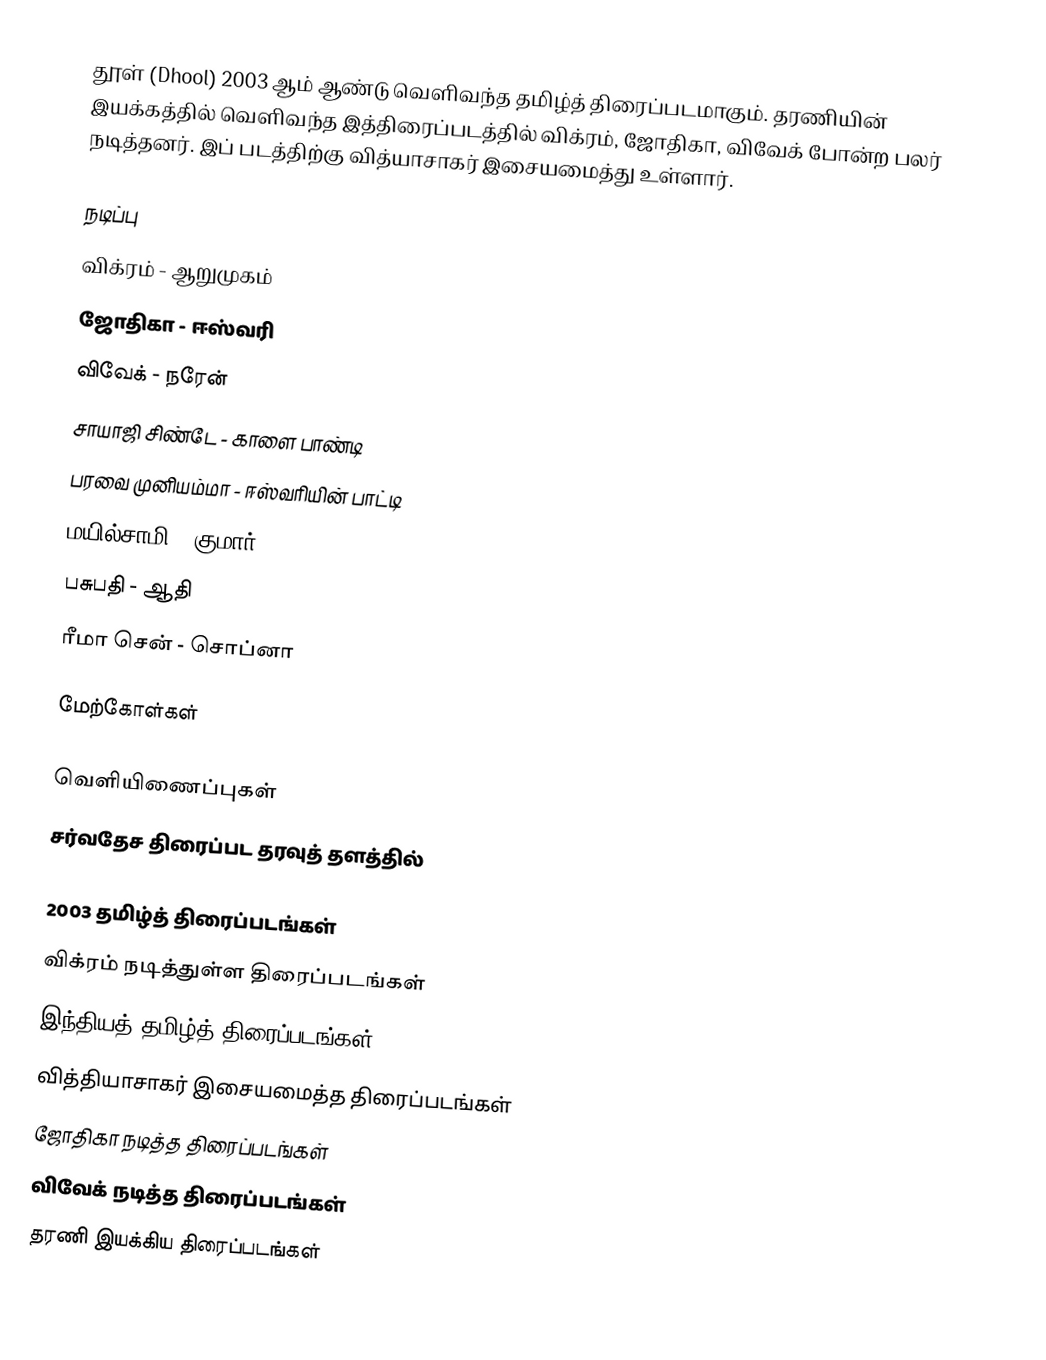
தூள் (Dhool) 2003 ஆம் ஆண்டு வெளிவந்த தமிழ்த் திரைப்படமாகும். தரணியின் இயக்கத்தில் வெளிவந்த இத்திரைப்படத்தில் விக்ரம், ஜோதிகா, விவேக் போன்ற பலர் நடித்தனர். இப் படத்திற்கு வித்யாசாகர் இசையமைத்து உள்ளார்.

நடிப்பு
 விக்ரம் - ஆறுமுகம்
 ஜோதிகா - ஈஸ்வரி
 விவேக் - நரேன்
 சாயாஜி சிண்டே - காளை பாண்டி
 பரவை முனியம்மா - ஈஸ்வரியின் பாட்டி
 மயில்சாமி - குமார்
 பசுபதி - ஆதி
 ரீமா சென் - சொப்னா

மேற்கோள்கள்

வெளியிணைப்புகள்
சர்வதேச திரைப்பட தரவுத் தளத்தில்

2003 தமிழ்த் திரைப்படங்கள்
விக்ரம் நடித்துள்ள திரைப்படங்கள்
இந்தியத் தமிழ்த் திரைப்படங்கள்
வித்தியாசாகர் இசையமைத்த திரைப்படங்கள்
ஜோதிகா நடித்த திரைப்படங்கள்
விவேக் நடித்த திரைப்படங்கள்
தரணி இயக்கிய திரைப்படங்கள்